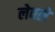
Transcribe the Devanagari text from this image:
लेबले